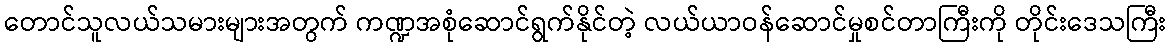
တောင်သူလယ်သမားများအတွက် ကဏ္ဍအစုံဆောင်ရွက်နိုင်တဲ့ လယ်ယာဝန်ဆောင်မှုစင်တာကြီးကို တိုင်းဒေသကြီး